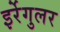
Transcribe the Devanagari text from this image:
इर्रेगुलर